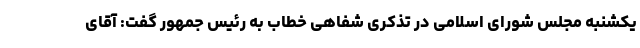
یکشنبه مجلس شورای اسلامی در تذکری شفاهی خطاب به رئیس جمهور گفت: آقای